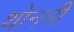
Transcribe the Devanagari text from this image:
थोनमी